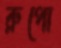
রুপো